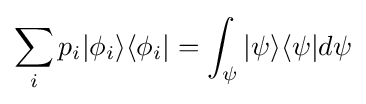
\sum _{i}p_{i}|\phi _{i}\rangle \langle \phi _{i}|=\int _{\psi }|\psi \rangle \langle \psi |d\psi